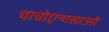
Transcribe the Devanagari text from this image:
चाचोएन्गसाओ